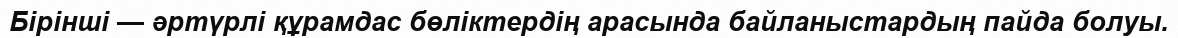
Бірінші — әртүрлі құрамдас бөліктердің арасында байланыстардың пайда болуы.